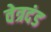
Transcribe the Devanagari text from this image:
वेत्रदंड